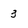
Character: 3